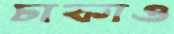
চাকাও